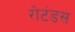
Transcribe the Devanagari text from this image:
रोटंडस